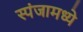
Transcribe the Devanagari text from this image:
स्पंजामध्ये